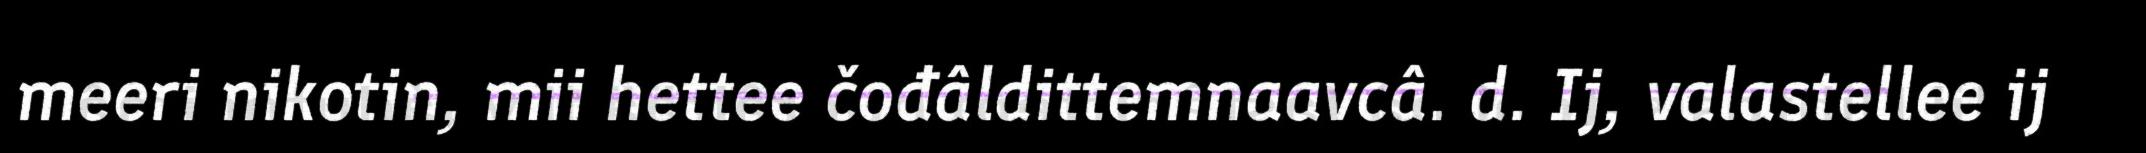
meeri nikotin, mii hettee čođâldittemnaavcâ. d. Ij, valastellee ij